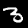
Label: 3